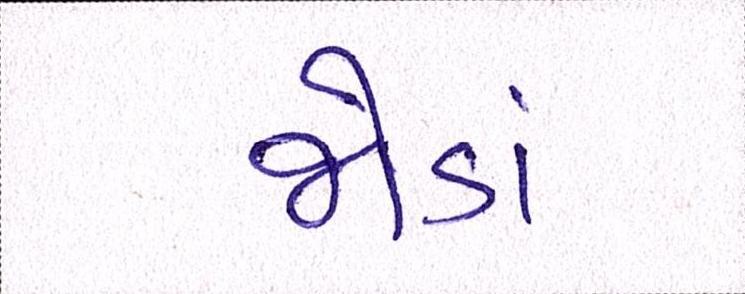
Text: જોડાં